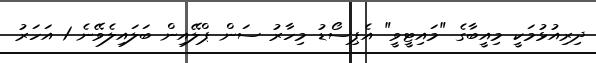
ދިރިއުޅުމަކީ މިއީބާގެ "މައިޓީވީ" އެޕިސޯޑު މިހާރު ސަން ޕްލޭއިން ބަލައިލެވޭނެ 1 އަހަރު